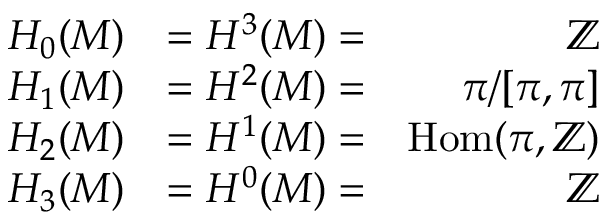
{ \begin{array} { r l r } { H _ { 0 } ( M ) } & { = H ^ { 3 } ( M ) = } & { \mathbb { Z } } \\ { H _ { 1 } ( M ) } & { = H ^ { 2 } ( M ) = } & { \pi / [ \pi , \pi ] } \\ { H _ { 2 } ( M ) } & { = H ^ { 1 } ( M ) = } & { { \mathrm { H o m } } ( \pi , \mathbb { Z } ) } \\ { H _ { 3 } ( M ) } & { = H ^ { 0 } ( M ) = } & { \mathbb { Z } } \end{array} }